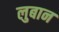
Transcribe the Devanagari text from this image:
लुबान